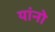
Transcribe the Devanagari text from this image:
यांनो